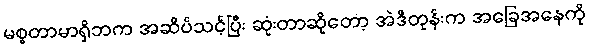
မစ္စတာမာရှိဘက အဆိပ်သင့်ပြီး ဆုံးတာဆိုတော့ အဲဒီတုန်းက အခြေအနေကို